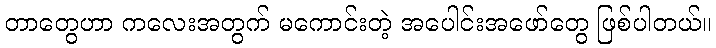
တာတွေဟာ ကလေးအတွက် မကောင်းတဲ့ အပေါင်းအဖော်တွေ ဖြစ်ပါတယ်။